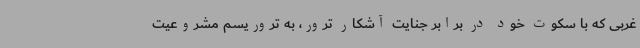
غربی که با سکوت خود در برابر جنایت آشکار ترور، به تروریسم مشروعیت